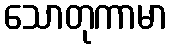
သောတုကာမာ